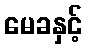
မေခနှင့်